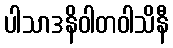
ပါသာဒနိဝါတဝါသိနီ